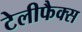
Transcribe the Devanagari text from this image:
टेलीफैक्स